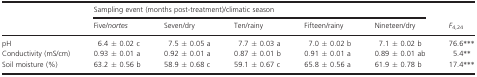
|  | <COLSPAN=5> Sampling event (months post-treatment)/climatic season | <ROWSPAN=2> F4,24 |
 |  | Five/nortes | Seven/dry | Ten/rainy | Fifteen/rainy | Nineteen/dry |
 | --- | --- | --- | --- | --- | --- | --- |
 | pH | 6.4 ± 0.02 c | 7.5 ± 0.05 a | 7.7 ± 0.03 a | 7.0 ± 0.02 b | 7.1 ± 0.02 b | 76.6*** |
 | Conductivity (mS/cm) | 0.93 ± 0.01 a | 0.92 ± 0.01 a | 0.87 ± 0.01 b | 0.91 ± 0.01 a | 0.89 ± 0.01 ab | 5.4** |
 | Soil moisture (%) | 63.2 ± 0.56 b | 58.9 ± 0.68 c | 59.1 ± 0.67 c | 65.8 ± 0.56 a | 61.9 ± 0.78 b | 17.4*** |